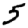
Digit: 5